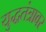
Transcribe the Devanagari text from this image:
युद्धतंत्रावर